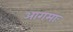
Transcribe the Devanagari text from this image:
आगमाः